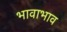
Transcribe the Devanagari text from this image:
भावाभाव